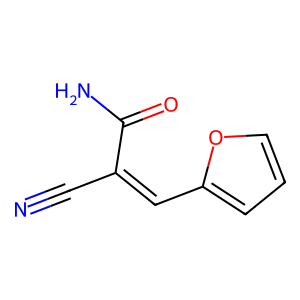
SMILES: N#CC(=Cc1ccco1)C(N)=O
Inhibits HIV replication: No